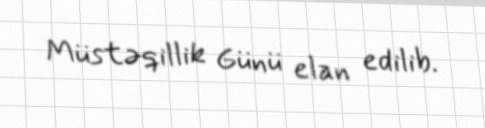
Müstəqillik Günü elan edilib.